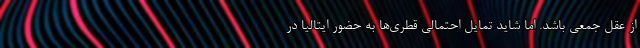
از عقل جمعی باشد. اما شاید تمایل احتمالی قطری‌ها به حضور ایتالیا در